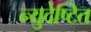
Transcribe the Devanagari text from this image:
न्युदेष्टित